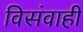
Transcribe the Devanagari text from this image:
विसंवाही